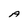
Character: A